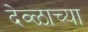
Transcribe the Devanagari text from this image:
देव्ळाच्या